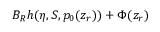
{ \cal B } _ { R } h ( \eta , S , p _ { 0 } ( z _ { r } ) ) + \Phi ( z _ { r } )